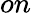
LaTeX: on